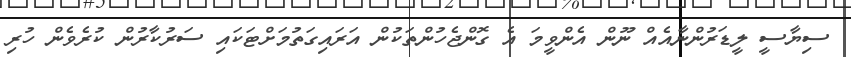
ސިޔާސީ ލީޑަރުންނާއެއް ނޫން އެންވީމަ އެ ގޮންޖެހުންތަކުން އަރައިގަތުމަށްޓަކައި ސަރުކާރުން ކުރެވެން ހުރި